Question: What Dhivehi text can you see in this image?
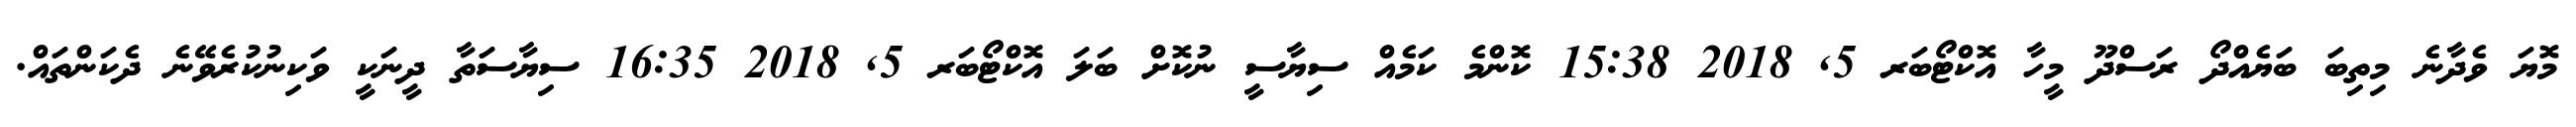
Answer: މޮޔަ ވެދާނެ މިތިބަ ބަޔެއްދޯ ރަސްދޫ މީހާ އޮކްޓޯބަރ 5, 2018 15:38 ކޮންމެ ކަމެއް ސިޔާސީ ނުކޮށް ބަލަ އޮކްޓޯބަރ 5, 2018 16:35 ސިޔާސަތާ ދީނަކީ ވަކިނުކުރެވޭނެ ދެކަންތައް.